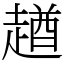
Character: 趥